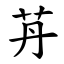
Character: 䒟